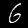
Digit: 6